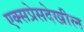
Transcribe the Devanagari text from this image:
एक्सप्रेसदेखील